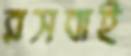
রসবাই